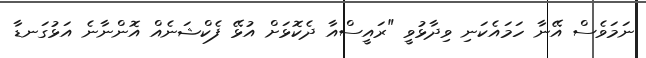
ނަމަވެސް އޭނާ ހަމައެކަނި ވިދާޅުވީ "ރައީސްއާ ދެކޮޅަށް އުޅޭ ފެކްޝަނެއް އޮންނާނެ އަޅުގަނޑާ